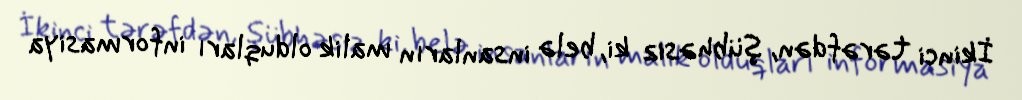
İkinci tərəfdən, şübhəsiz ki, belə insanların malik olduqları informasiya